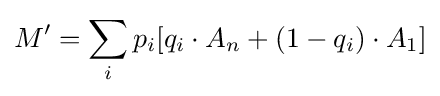
M'=\sum _{i}p_{i}[q_{i}\cdot A_{n}+(1-q_{i})\cdot A_{1}]